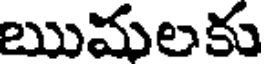
ఋమలకు